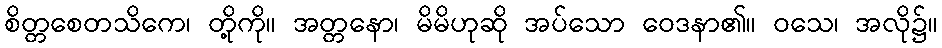
စိတ္တစေတသိကေ၊ တို့ကို။ အတ္တနော၊ မိမိဟုဆို အပ်သော ဝေဒနာ၏။ ဝသေ၊ အလို၌။